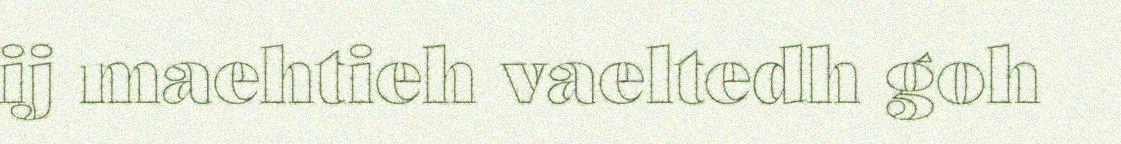
ij maehtieh vaeltedh goh